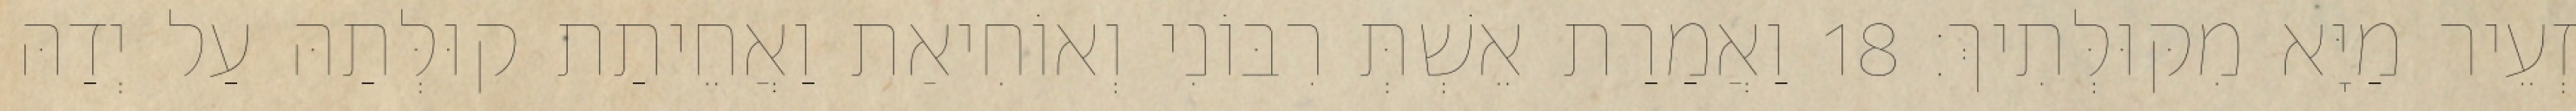
זְעֵיר מַיָּא מִקּוּלְּתִיךְ׃ 18 וַאֲמַרַת אֵשְׁתְּ רִבּוֹנִי וְאוֹחִיאַת וַאֲחֵיתַת קוּלְּתַהּ עַל יְדַהּ